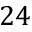
2 4